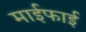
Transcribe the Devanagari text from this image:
माईफाई